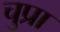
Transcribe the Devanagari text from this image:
चुप्रा